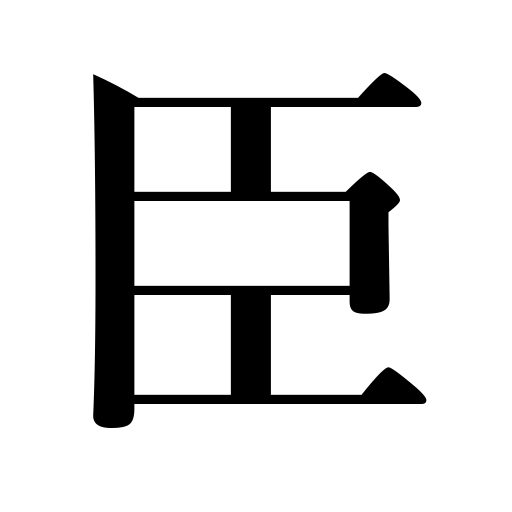
Meanings: subject,retainer